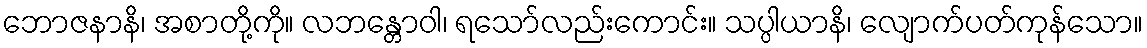
ဘောဇနာနိ၊ အစာတို့ကို။ လဘန္တောဝါ၊ ရသော်လည်းကောင်း။ သပ္ပါယာနိ၊ လျောက်ပတ်ကုန်သော။